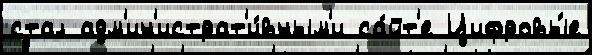
стал адм'ин'истрат'и́вным'и са́йт'е Цифровы́е